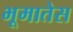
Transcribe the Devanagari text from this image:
भूमातेस